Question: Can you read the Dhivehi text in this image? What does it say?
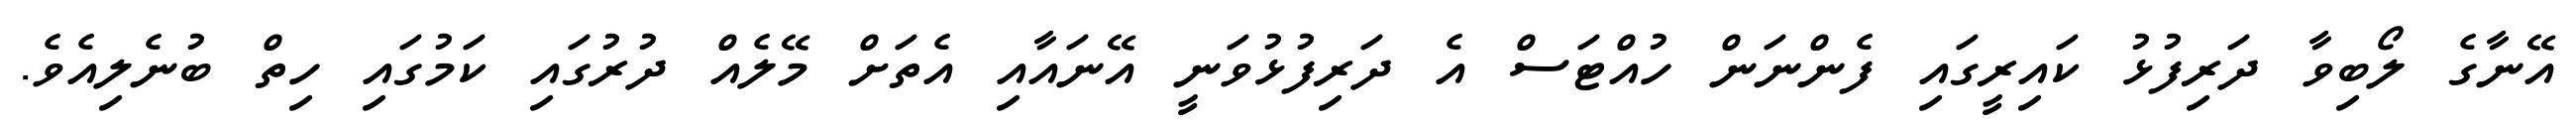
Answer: އޭނާގެ ލޯބިވާ ދަރިފުޅު ކައިރީގައި ފެންނަން ހުއްޓަސް އެ ދަރިފުޅުވަނީ އޭނައާއި އެތަށް މޭލެއް ދުރުގައި ކަމުގައި ހިތް ބުނެލިއެވެ.